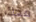
معك